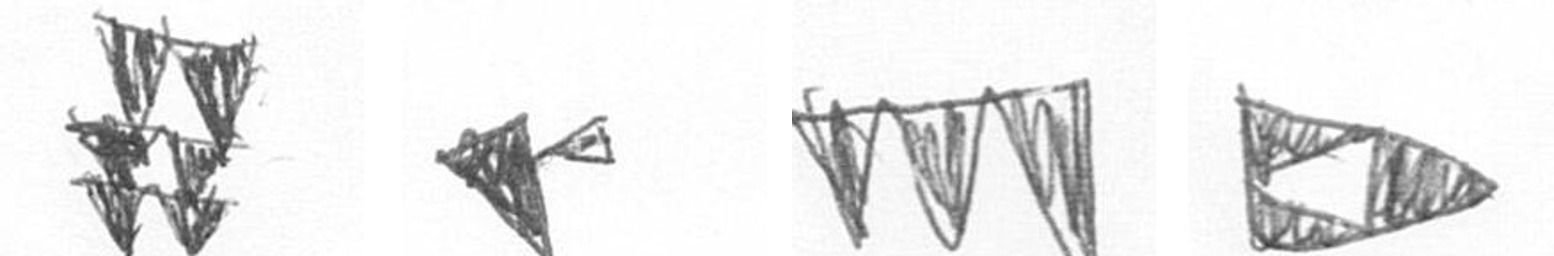
Y F L K